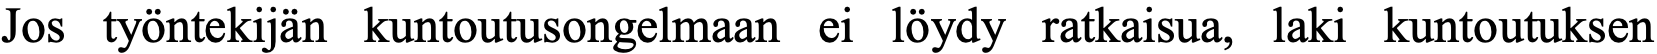
Jos työntekijän kuntoutusongelmaan ei löydy ratkaisua, laki kuntoutuksen